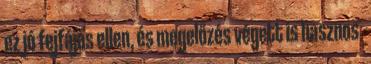
ez jó fejfájás ellen, és megelőzés végett is hasznos.